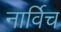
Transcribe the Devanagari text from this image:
नार्विच